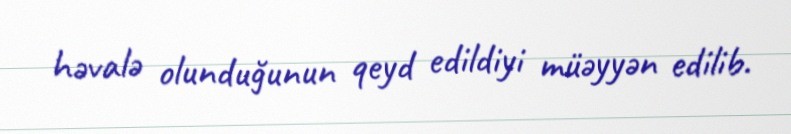
həvalə olunduğunun qeyd edildiyi müəyyən edilib.